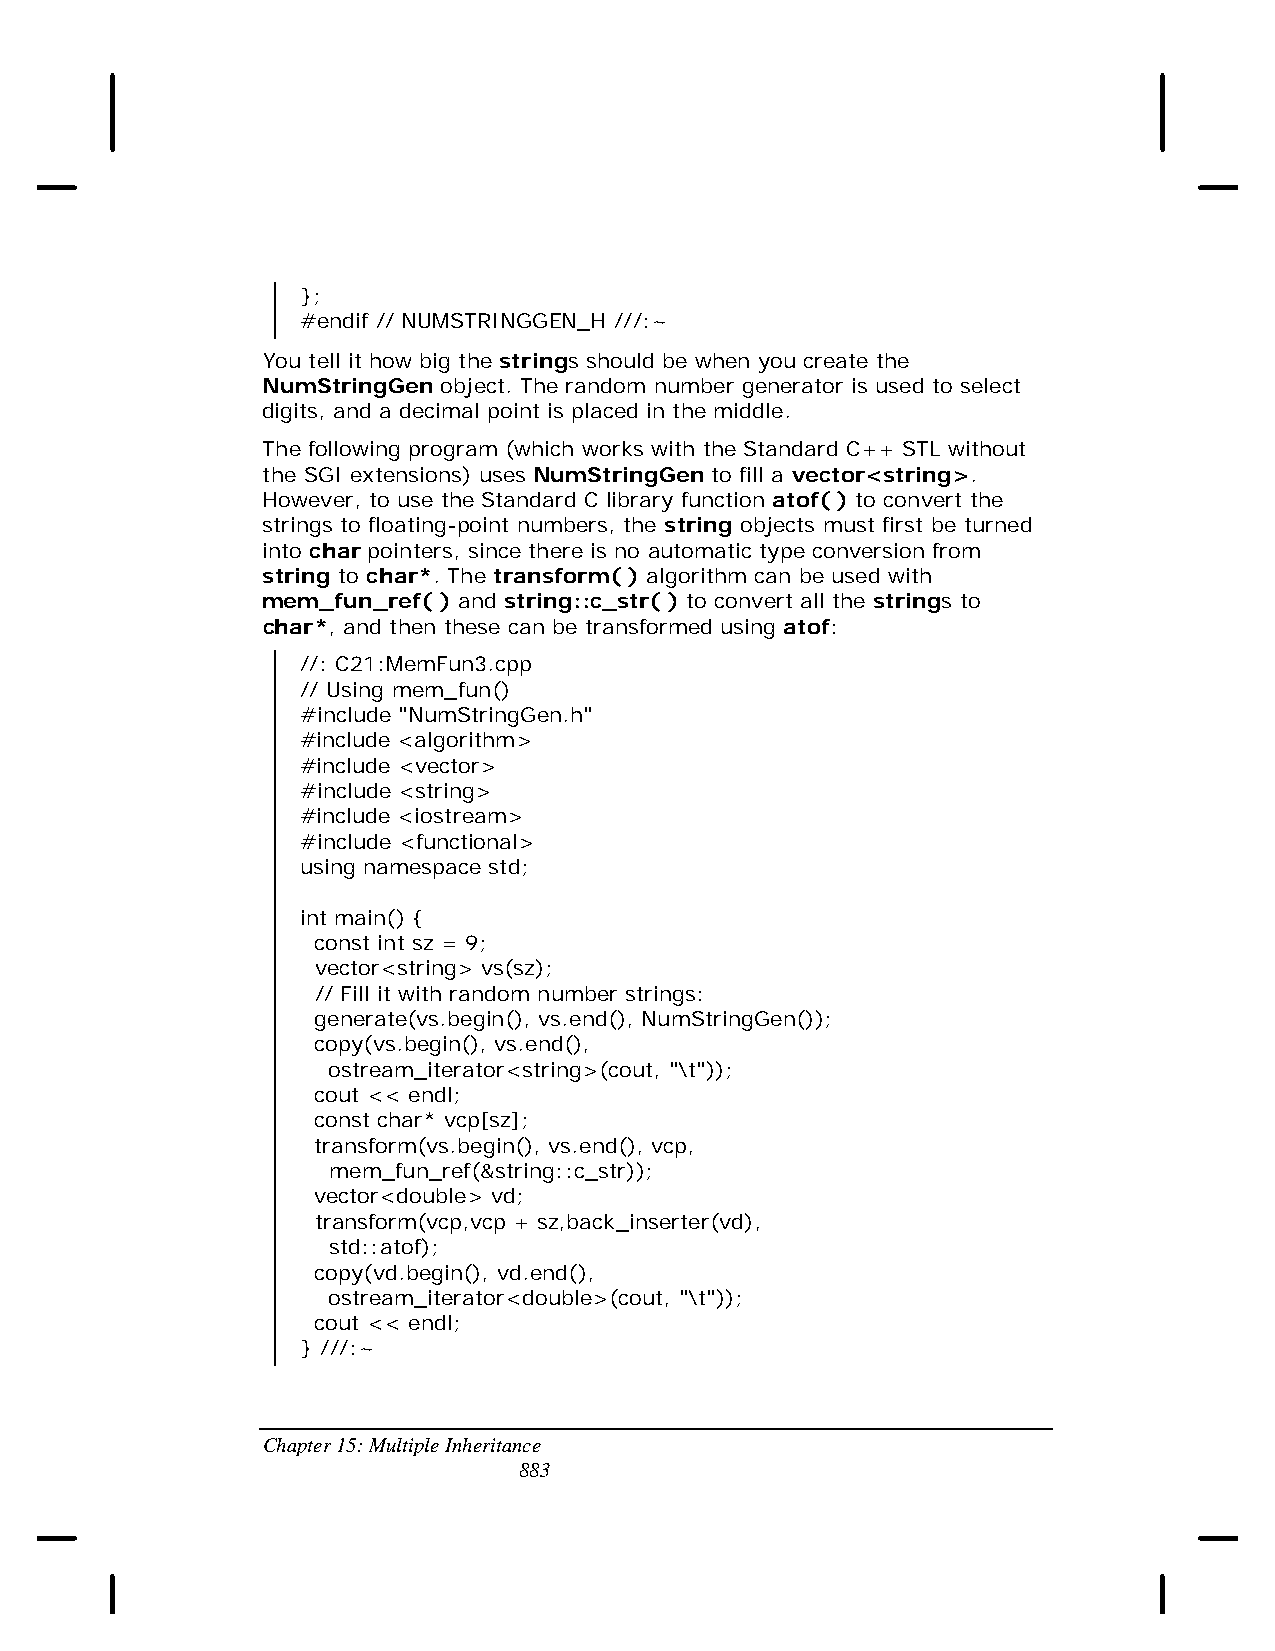
};
 #endif // NUMSTRINGGEN_H ///:~
 You tell it how big the strings should be when you create the
 NumStringGen object. The random number generator is used to select
 digits, and a decimal point is placed in the middle.
 The following program (which works with the Standard C++ STL without
 the SGI extensions) uses NumStringGen to fill a vector<string>.
 However, to use the Standard C library function atof( ) to convert the
 strings to floating-point numbers, the string objects must first be turned
 into char pointers, since there is no automatic type conversion from
 string to char*. The transform( ) algorithm can be used with
 mem_fun_ref( ) and string::c_str( ) to convert all the strings to
 char*, and then these can be transformed using atof:
 //: C21:MemFun3.cpp
 // Using mem_fun()
 #include "NumStringGen.h"
 #include <algorithm>
 #include <vector>
 #include <string>
 #include <iostream>
 #include <functional>
 using namespace std;
 int main() {
 const int sz = 9;
 vector<string> vs(sz);
 // Fill it with random number strings:
 generate(vs.begin(), vs.end(), NumStringGen());
 copy(vs.begin(), vs.end(),
 ostream_iterator<string>(cout, "\t"));
 cout << endl;
 const char* vcp[sz];
 transform(vs.begin(), vs.end(), vcp,
 mem_fun_ref(&string::c_str));
 vector<double> vd;
 transform(vcp,vcp + sz,back_inserter(vd),
 std::atof);
 copy(vd.begin(), vd.end(),
 ostream_iterator<double>(cout, "\t"));
 cout << endl;
 } ///:~
 Chapter 15: Multiple Inheritance
 883